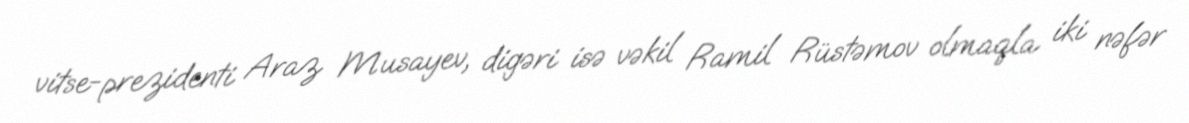
vitse-prezidenti Araz Musayev, digəri isə vəkil Ramil Rüstəmov olmaqla iki nəfər